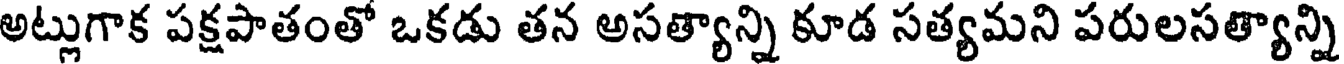
అట్లుగాక పక్షపాతంతో ఒకడు తన అసత్యాన్ని కూడ సత్యమని పరులసత్యాన్ని